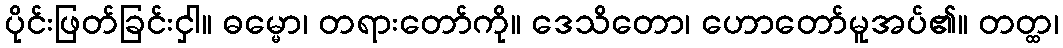
ပိုင်းဖြတ်ခြင်းငှါ။ ဓမ္မော၊ တရားတော်ကို။ ဒေသိတော၊ ဟောတော်မူအပ်၏။ တတ္ထ၊